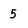
Character: 5